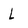
Character: L